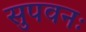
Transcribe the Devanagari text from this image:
सुपवनः